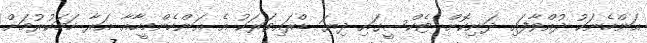
އަންހެނަކު ދުއްވާފައި ދަނިކޮށް ޓެކްސީގައި ދިޔަ ޑްރައިވަރަކު އެ އަންހެންމީހާއާ އަރާ ހަމަކުރުމަށް